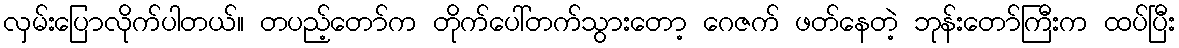
လှမ်းပြောလိုက်ပါတယ်။ တပည့်တော်က တိုက်ပေါ်တက်သွားတော့ ဂေဇက် ဖတ်နေတဲ့ ဘုန်းတော်ကြီးက ထပ်ပြီး